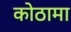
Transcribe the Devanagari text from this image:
कोठामा